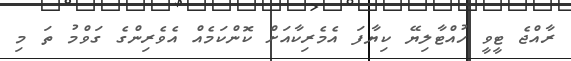
ރާއްޖެ ޓީވީ ހުއްޓާލިޔޭ ކިޔާފަ އެމެރިކާއަށް ކޮންކަމެއް އެވެރިންގެ ގަވްމު ތަ މި